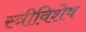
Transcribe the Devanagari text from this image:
स्त्रीविशेष